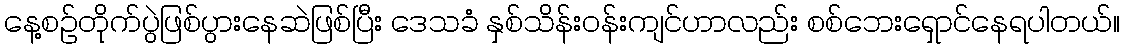
နေ့စဉ်တိုက်ပွဲဖြစ်ပွားနေဆဲဖြစ်ပြီး ဒေသခံ နှစ်သိန်းဝန်းကျင်ဟာလည်း စစ်ဘေးရှောင်နေရပါတယ်။